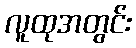
လူထုအတွင်း